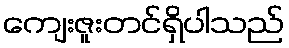
ကျေးဇူးတင်ရှိပါသည်